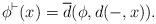
LaTeX: \begin{align*}\phi^\vdash(x)=\overline{d}(\phi,d(-,x)). \end{align*}